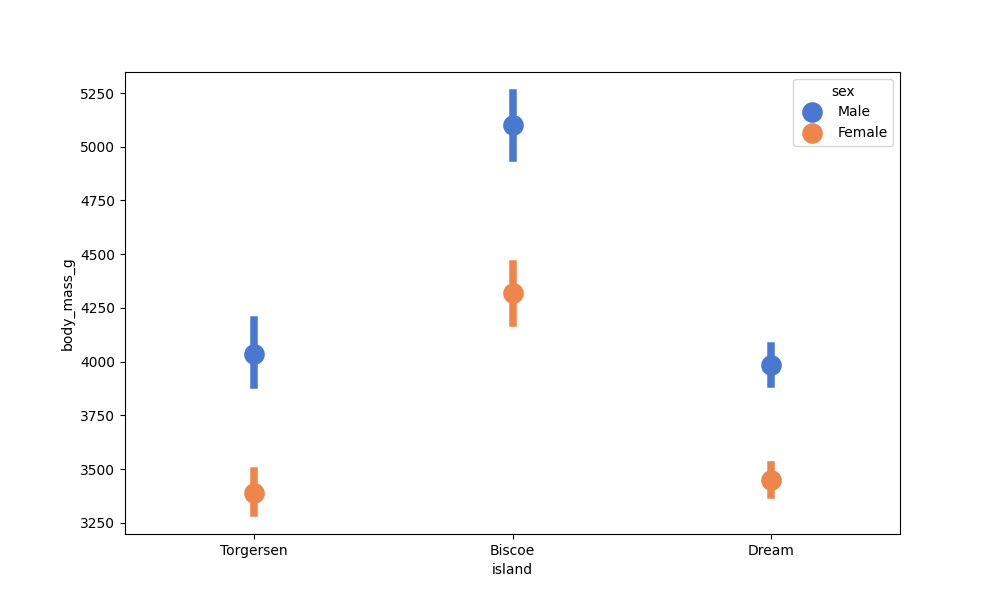
python, seaborn, pointplot, scale=2.0, join=False, hue='sex', palette='muted'